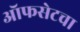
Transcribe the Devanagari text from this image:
ऑफसेटचा